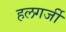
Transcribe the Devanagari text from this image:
हलगर्जी